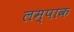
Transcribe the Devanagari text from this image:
लम्पाक